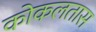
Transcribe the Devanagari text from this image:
कोकलतास